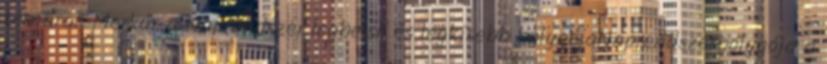
témára: "Merkúr a Naprendszer legbelső és legkisebb bolygójaNaprendszerbolygója a